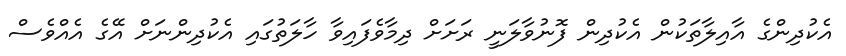
އެކުދިންގެ އާއިލާތަކުން އެކުދިން ފޮނުވާލަނީ ރަށަށް ދިމާވެފައިވާ ހާލަތުގައި އެކުދިންނަށް އޭގެ އެއްވެސް